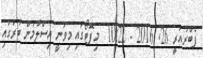
ފެބްރުއަރީ 26